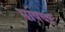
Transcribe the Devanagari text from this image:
भाषवर